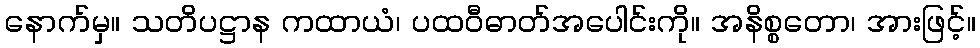
နောက်မှ။ သတိပဋ္ဌာန ကထာယံ၊ ပထဝီဓာတ်အပေါင်းကို။ အနိစ္စတော၊ အားဖြင့်။